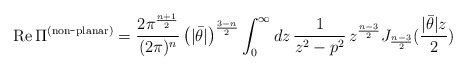
\begin{align*}{\rm Re}\,\Pi^{\rm (non\hbox{-}planar)} =\frac{2\pi^{\frac{n+1}{2}}}{(2\pi)^{n}}\left(|\bar{\theta}|\right)^{\frac{3-n}{2}} \int_{0}^{\infty}dz\,\frac{1}{z^{2}-p^{2}}\,z^{\frac{n-3}{2}} J_{\frac{n-3}{2}}(\frac{|\bar{\theta}|z}{2})\end{align*}